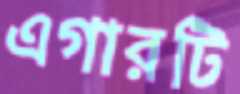
এগারটি